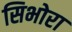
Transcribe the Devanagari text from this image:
सिभोरा